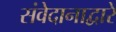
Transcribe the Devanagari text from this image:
संवेदानाद्वारे